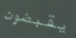
يقبضون